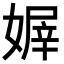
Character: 𡟭